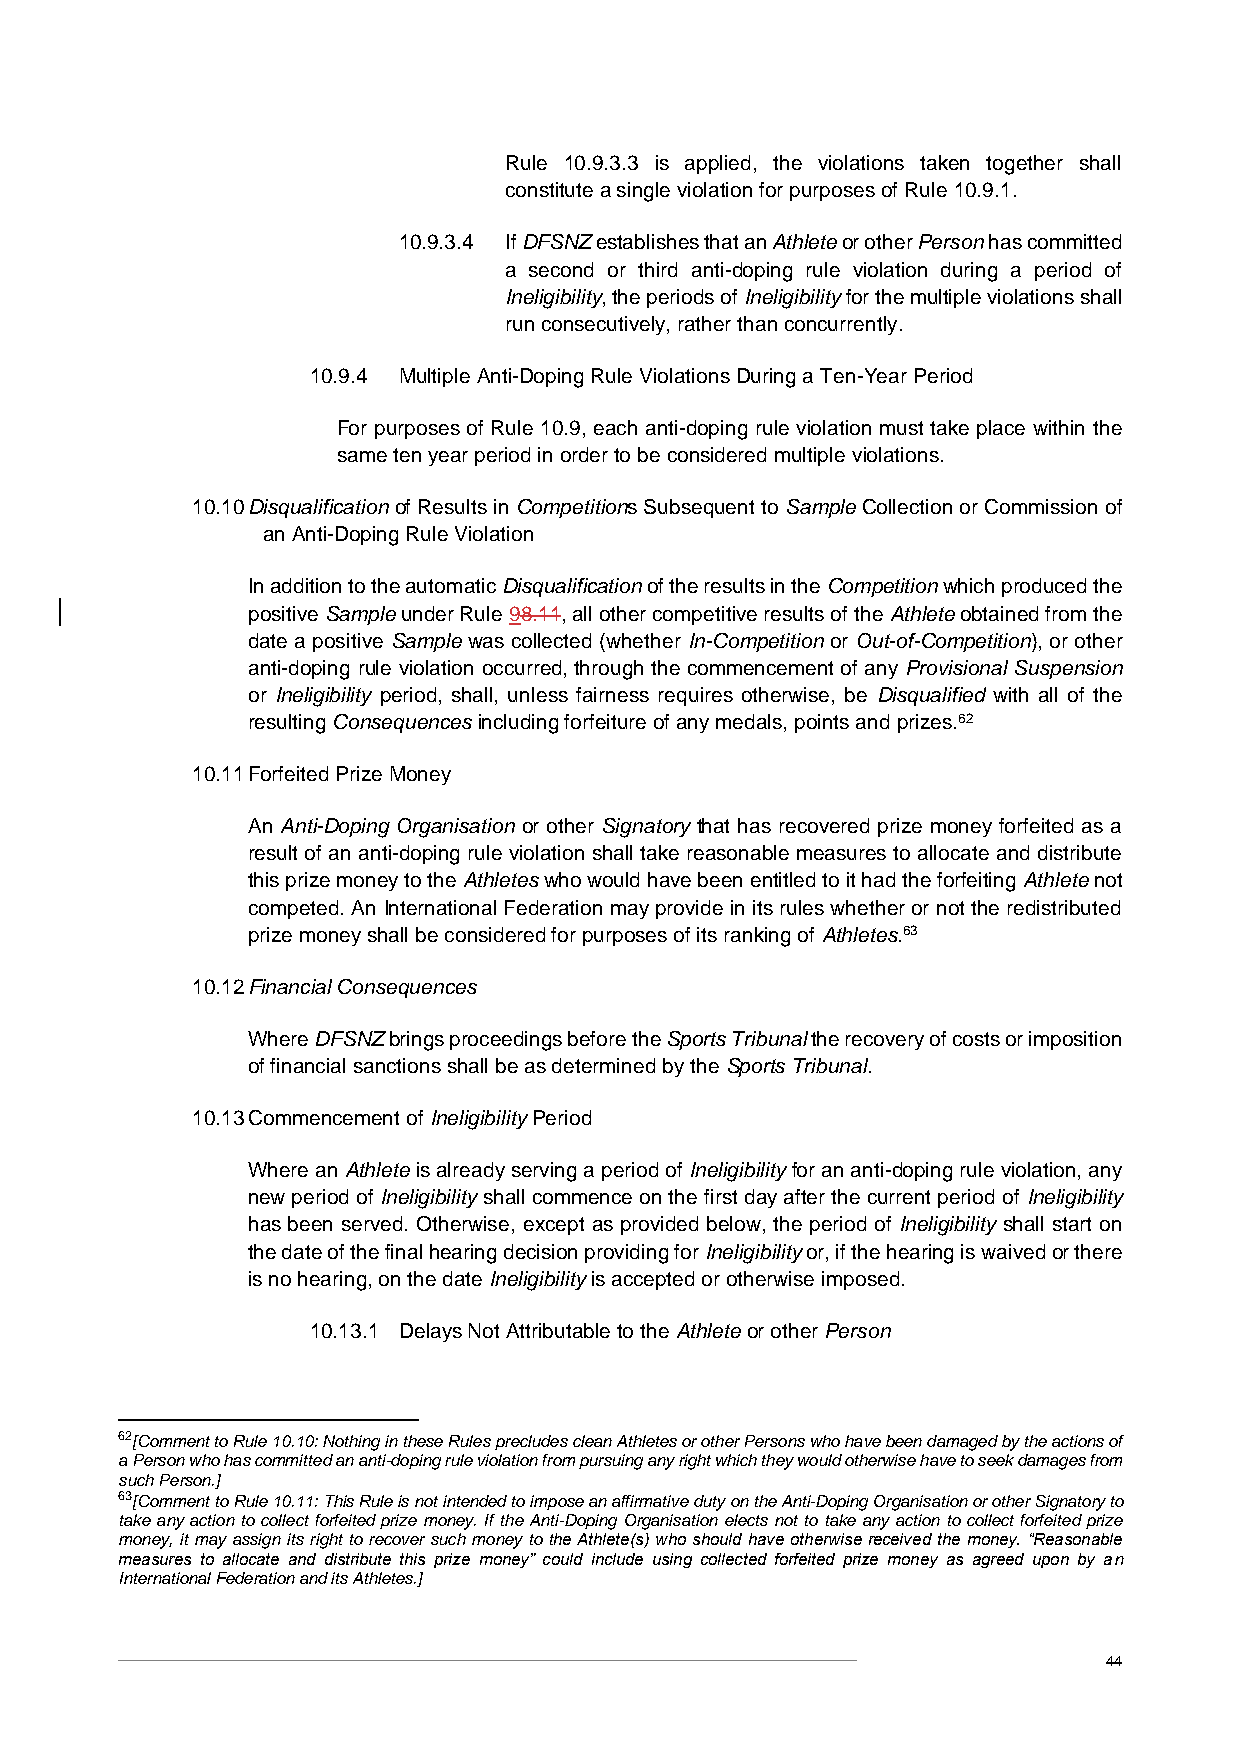
Rule 10.9.3.3 is applied, the violations taken together shall
 constitute a single violation for purposes of Rule 10.9.1.
 10.9.3.4 If DFSNZ establishes that an Athlete or other Person has committed
 a second or third anti-doping rule violation during a period of
 Ineligibility, the periods of Ineligibility for the multiple violations shall
 run consecutively, rather than concurrently.
 10.9.4 Multiple Anti-Doping Rule Violations During a Ten-Year Period
 For purposes of Rule 10.9, each anti-doping rule violation must take place within the
 same ten year period in order to be considered multiple violations.
 10.10 Disqualification of Results in Competitions Subsequent to Sample Collection or Commission of
 an Anti-Doping Rule Violation
 In addition to the automatic Disqualification of the results in the Competition which produced the
 positive Sample under Rule 98.11, all other competitive results of the Athlete obtained from the
 date a positive Sample was collected (whether In-Competition or Out-of-Competition), or other
 anti-doping rule violation occurred, through the commencement of any Provisional Suspension
 or Ineligibility period, shall, unless fairness requires otherwise, be Disqualified with all of the
 resulting Consequences including forfeiture of any medals, points and prizes.62
 10.11 Forfeited Prize Money
 An Anti-Doping Organisation or other Signatory that has recovered prize money forfeited as a
 result of an anti-doping rule violation shall take reasonable measures to allocate and distribute
 this prize money to the Athletes who would have been entitled to it had the forfeiting Athlete not
 competed. An International Federation may provide in its rules whether or not the redistributed
 prize money shall be considered for purposes of its ranking of Athletes.63
 10.12 Financial Consequences
 Where DFSNZ brings proceedings before the Sports Tribunal the recovery of costs or imposition
 of financial sanctions shall be as determined by the Sports Tribunal.
 10.13 Commencement of Ineligibility Period
 Where an Athlete is already serving a period of Ineligibility for an anti-doping rule violation, any
 new period of Ineligibility shall commence on the first day after the current period of Ineligibility
 has been served. Otherwise, except as provided below, the period of Ineligibility shall start on
 the date of the final hearing decision providing for Ineligibility or, if the hearing is waived or there
 is no hearing, on the date Ineligibility is accepted or otherwise imposed.
 10.13.1 Delays Not Attributable to the Athlete or other Person
 62[Comment to Rule 10.10: Nothing in these Rules precludes clean Athletes or other Persons who have been damaged by the actions of
 a Person who has committed an anti-doping rule violation from pursuing any right which they would otherwise have to seek damages from
 such Person.]
 63[Comment to Rule 10.11: This Rule is not intended to impose an affirmative duty on the Anti-Doping Organisation or other Signatory to
 take any action to collect forfeited prize money. If the Anti-Doping Organisation elects not to take any action to collect forfeited prize
 money, it may assign its right to recover such money to the Athlete(s) who should have otherwise received the money. “Reasonable
 measures to allocate and distribute this prize money” could include using collected forfeited prize money as agreed upon by an
 International Federation and its Athletes.]
 44